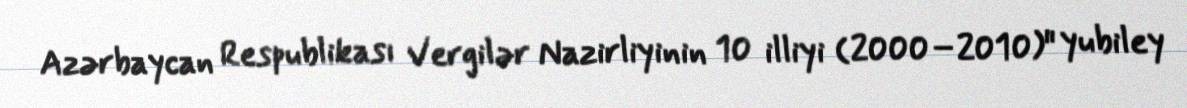
Azərbaycan Respublikası Vergilər Nazirliyinin 10 illiyi (2000–2010)" yubiley